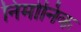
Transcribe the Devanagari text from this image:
निमोनिक